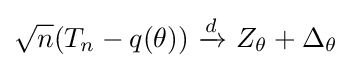
{\sqrt {n}}(T_{n}-q(\theta ))\ {\xrightarrow {d}}\ Z_{\theta }+\Delta _{\theta }